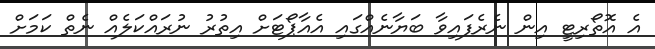
އެ އޮތޯރިޓީ އިން ނެރެފައިވާ ބަޔާނެއްގައި އެއާޕޯޓަށް އިތުރު ނުރައްކަލެއް ނެތް ކަމަށް